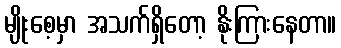
မျိုးစေ့မှာ အသက်ရှိတော့ နိုးကြားနေတာ။